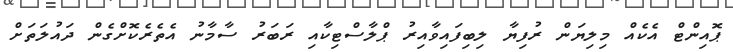
ޕޮއިންޓް އެކެއް މިލިޔަން ރުފިޔާ ލިބިފައިވާއިރު ޕްލާސްޓިކާއި ރަބަރު ސާމާނު އެތެރެކޮށްގެން ދައުލަތަށް